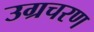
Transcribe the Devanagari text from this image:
उग्रचरण